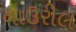
નાઉરીલ